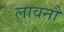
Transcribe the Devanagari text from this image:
लावनौ